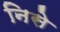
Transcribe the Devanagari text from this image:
निसे